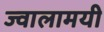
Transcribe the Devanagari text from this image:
ज्‍वालामयी